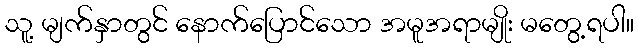
သူ့ မျက်နှာတွင် နောက်ပြောင်သော အမူအရာမျိုး မတွေ့ရပါ။